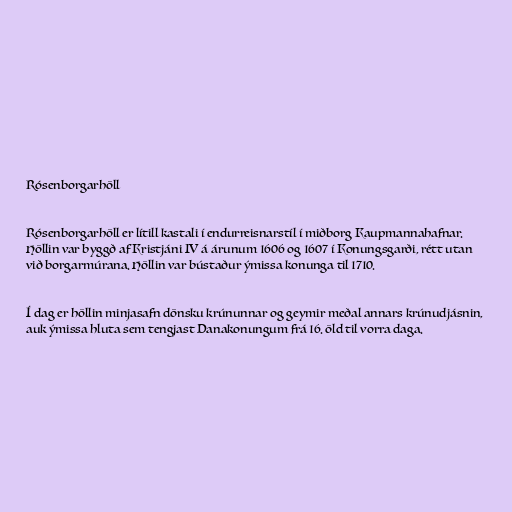
Rósenborgarhöll

Rósenborgarhöll er lítill kastali í endurreisnarstíl í miðborg Kaupmannahafnar.
Höllin var byggð af Kristjáni IV á árunum 1606 og 1607 í Konungsgarði, rétt utan
við borgarmúrana. Höllin var bústaður ýmissa konunga til 1710.

Í dag er höllin minjasafn dönsku krúnunnar og geymir meðal annars krúnudjásnin,
auk ýmissa hluta sem tengjast Danakonungum frá 16. öld til vorra daga.